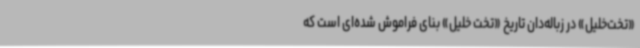
«تخت‌خلیل» در زباله‌دان تاریخ «تخت خلیل» بنای فراموش شده‌ای است که